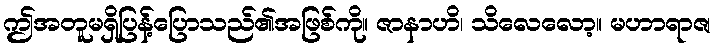
ဤအတူမရှိပြန့်ပြောသည်၏အဖြစ်ကို။ ဇာနာဟိ၊ သိလေလော့။ မဟာရာဇ၊